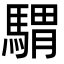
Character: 𩤸